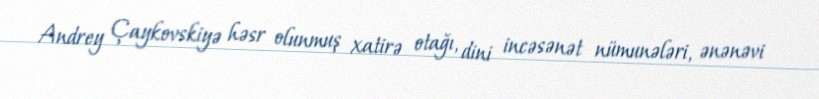
Andrey Çaykovskiyə həsr olunmuş xatirə otağı, dini incəsənət nümunələri, ənənəvi